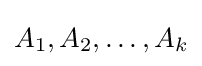
A_{1},A_{2},\dots ,A_{k}